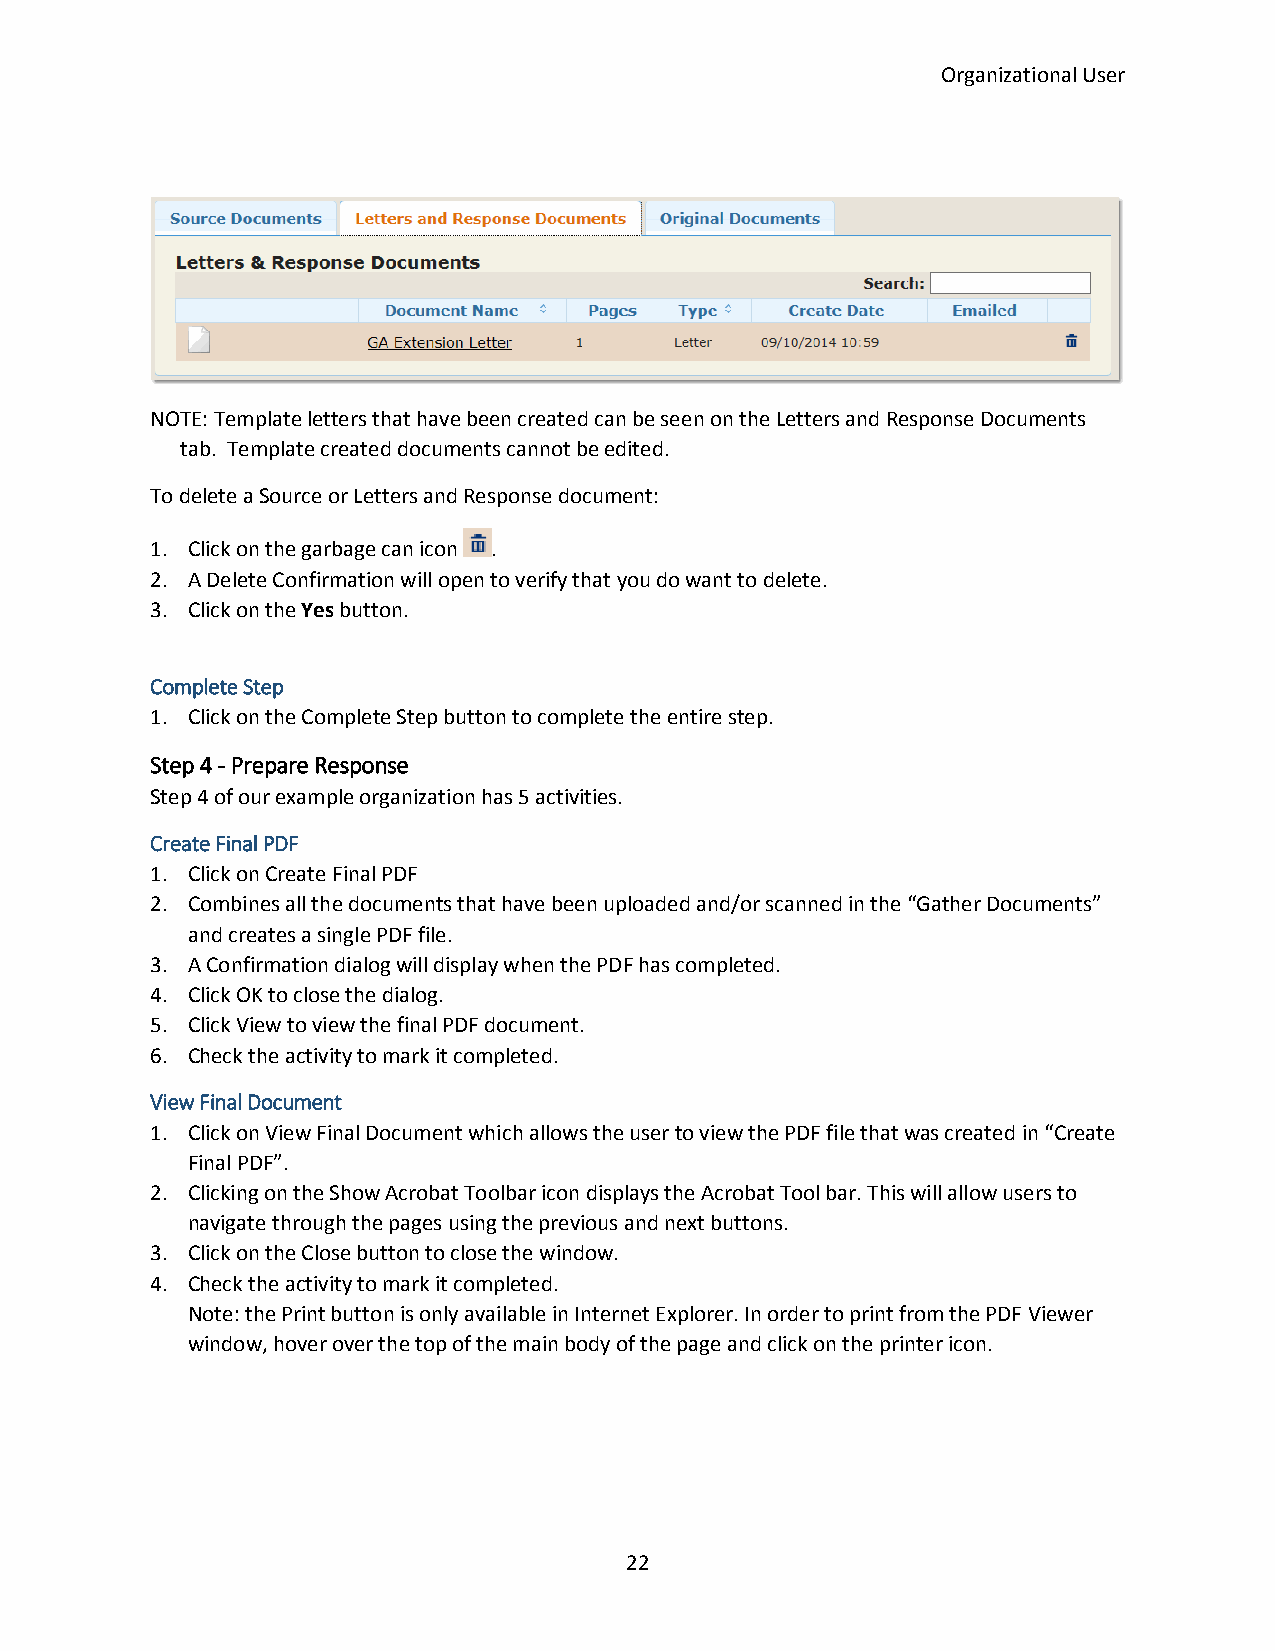
Organizational User
 NOTE: Template letters that have been created can be seen on the Letters and Response Documents
 tab. Template created documents cannot be edited.
 To delete a Source or Letters and Response document:
 1. Click on the garbage can icon .
 2. A Delete Confirmation will open to verify that you do want to delete.
 3. Click on the Yes button.
 Complete Step
 1. Click on the Complete Step button to complete the entire step.
 Step 4 - Prepare Response
 Step 4 of our example organization has 5 activities.
 Create Final PDF
 1. Click on Create Final PDF
 2. Combines all the documents that have been uploaded and/or scanned in the “Gather Documents”
 and creates a single PDF file.
 3. A Confirmation dialog will display when the PDF has completed.
 4. Click OK to close the dialog.
 5. Click View to view the final PDF document.
 6. Check the activity to mark it completed.
 View Final Document
 1. Click on View Final Document which allows the user to view the PDF file that was created in “Create
 Final PDF”.
 2. Clicking on the Show Acrobat Toolbar icon displays the Acrobat Tool bar. This will allow users to
 navigate through the pages using the previous and next buttons.
 3. Click on the Close button to close the window.
 4. Check the activity to mark it completed.
 Note: the Print button is only available in Internet Explorer. In order to print from the PDF Viewer
 window, hover over the top of the main body of the page and click on the printer icon.
 22